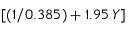
[ ( 1 / 0 . 3 8 5 ) + 1 . 9 5 \, Y ]